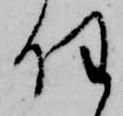
任